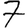
Digit: 7